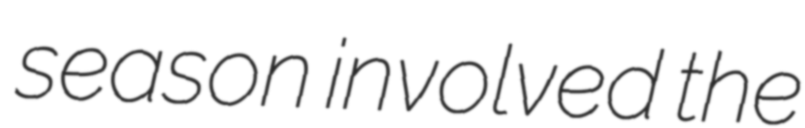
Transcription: season involved the